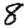
Digit: 8